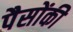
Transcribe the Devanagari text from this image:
पैसोंकी